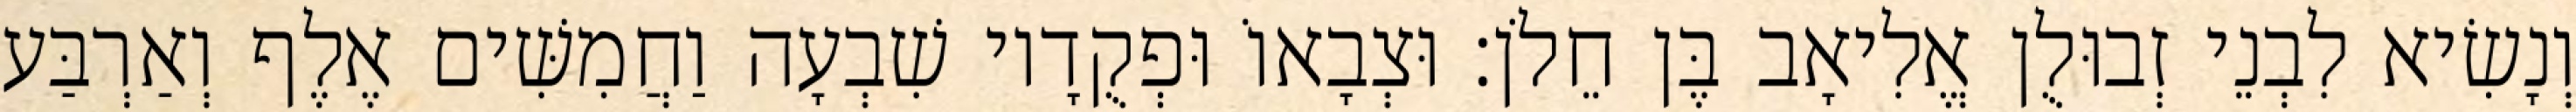
וְנָשִׂיא לִבְנֵי זְבוּלֻן אֱלִיאָב בֶּן חֵלֹן׃ וּצְבָאוֹ וּפְקֻדָיו שִׁבְעָה וַחֲמִשִּׁים אֶלֶף וְאַרְבַּע